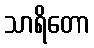
သာရိတော